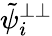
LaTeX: \tilde{\psi}_{i}^{\perp\perp}